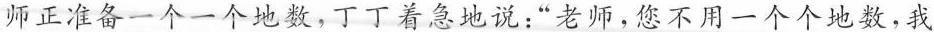
师正准备一个一个地数，丁丁着急地说：“老师，您不用一个个地数，我